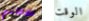
علاقاتي الوقت